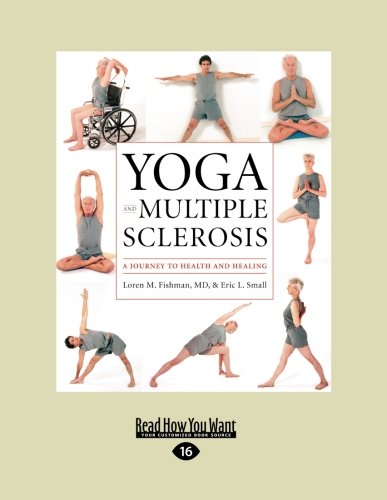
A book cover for Yoga and Multiple Sclerosis: A Journey to Health and Healing; Loren M. Fishman; Health, Fitness & Dieting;